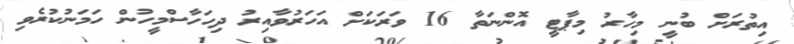
އިތުރަށް ބުނީ މިހާރު މިޕާޓީ އޮންނަތާ 16 ވަރަކަށް އަހަރުވާއިރު ދިހަހާސްމީހުން ހަމަނުކުރެވި